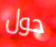
حول